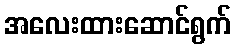
အလေးထားဆောင်ရွက်